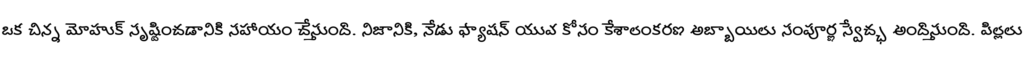
ఒక చిన్న మోహుక్ సృష్టించడానికి సహాయం చేస్తుంది. నిజానికి, నేడు ఫ్యాషన్ యువ కోసం కేశాలంకరణ అబ్బాయిలు సంపూర్ణ స్వేచ్ఛ అందిస్తుంది. పిల్లలు